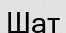
Шат